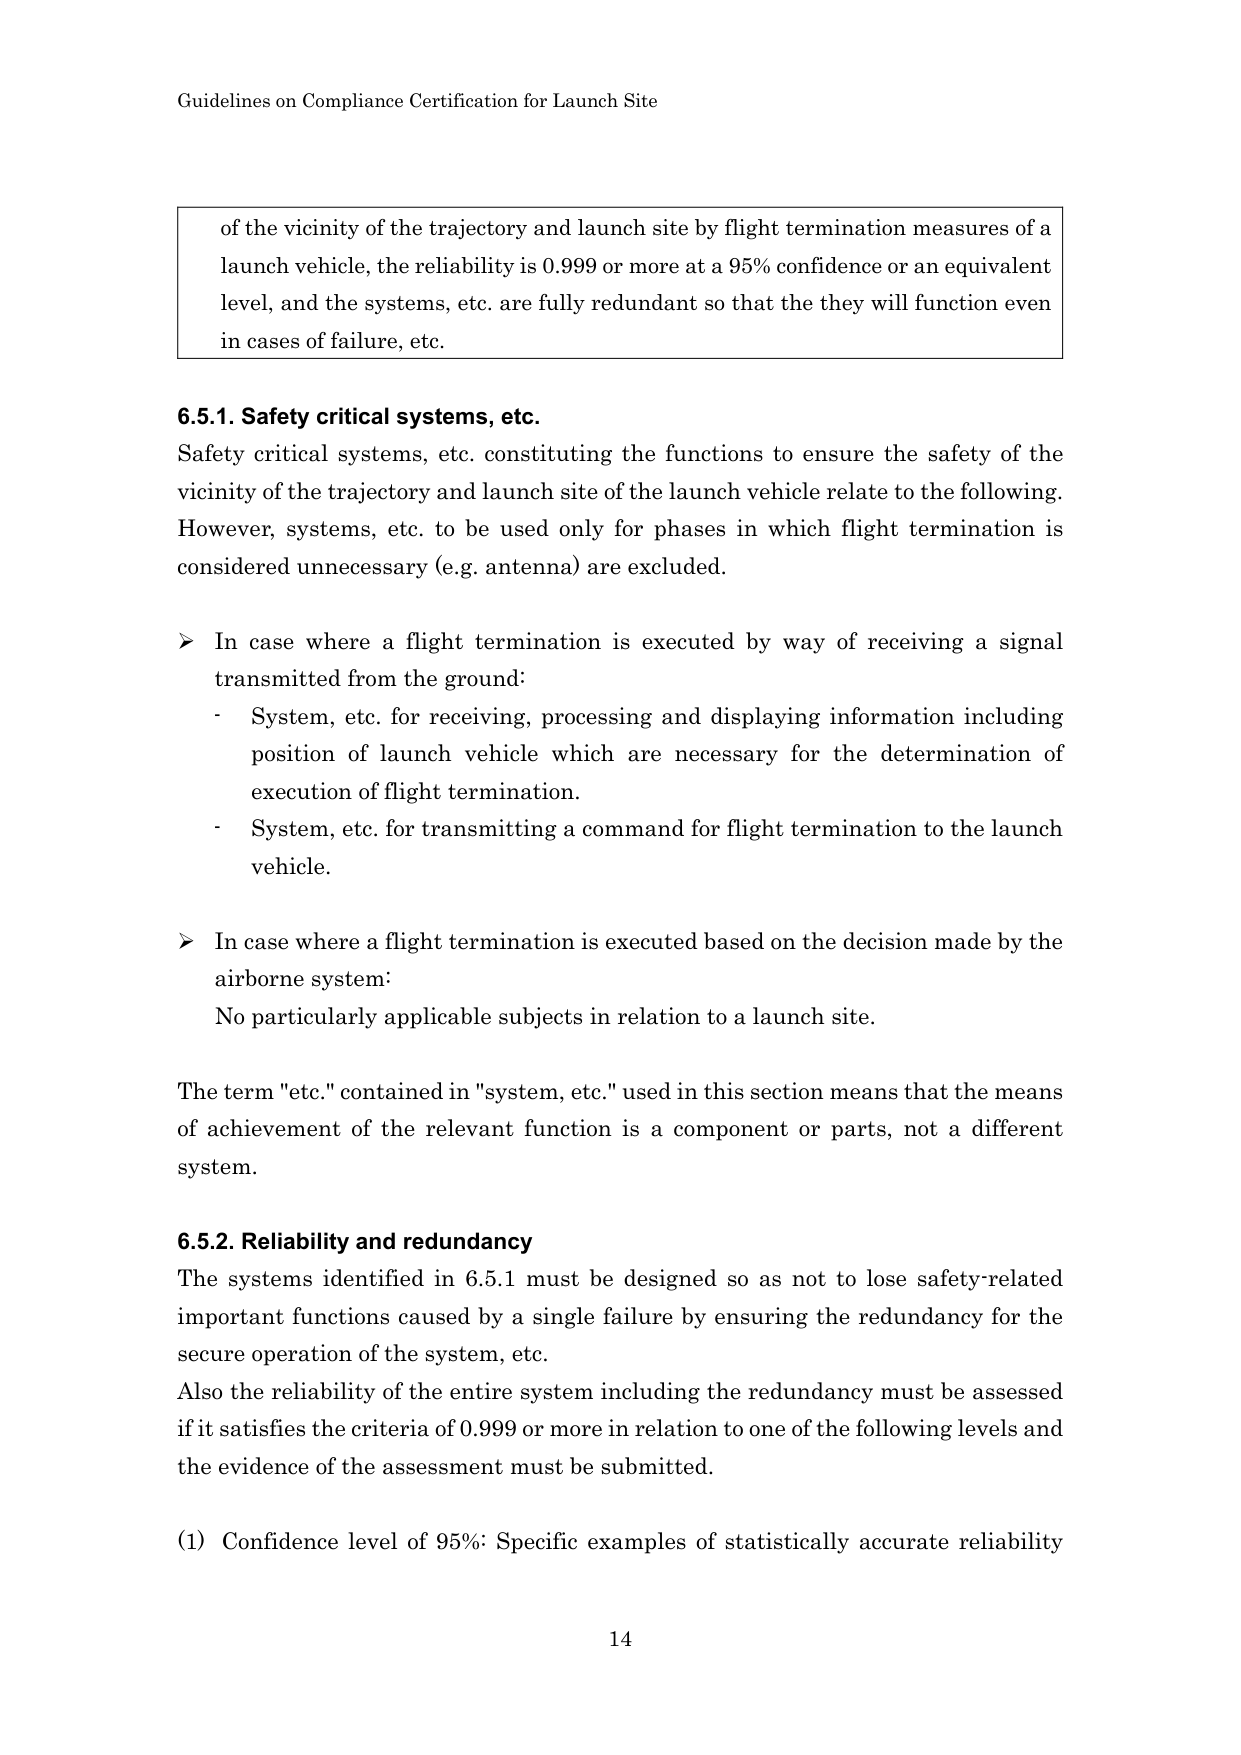
Guidelines on Compliance Certification for Launch Site

of the vicinity of the trajectory and launch site by flight termination measures of a launch vehicle, the reliability is 0.999 or more at a 95% confidence or an equivalent level, and the systems, etc. are fully redundant so that the they will function even in cases of failure, etc.

6.5.1. Safety critical systems, etc.
Safety critical systems, etc. constituting the functions to ensure the safety of the vicinity of the trajectory and launch site of the launch vehicle relate to the following. However, systems, etc. to be used only for phases in which flight termination is considered unnecessary (e.g. antenna) are excluded.

➤ In case where a flight termination is executed by way of receiving a signal transmitted from the ground:
- System, etc. for receiving, processing and displaying information including position of launch vehicle which are necessary for the determination of execution of flight termination.
- System, etc. for transmitting a command for flight termination to the launch vehicle.

➤ In case where a flight termination is executed based on the decision made by the airborne system:
No particularly applicable subjects in relation to a launch site.

The term "etc." contained in "system, etc." used in this section means that the means of achievement of the relevant function is a component or parts, not a different system.

6.5.2. Reliability and redundancy
The systems identified in 6.5.1 must be designed so as not to lose safety-related important functions caused by a single failure by ensuring the redundancy for the secure operation of the system, etc.
Also the reliability of the entire system including the redundancy must be assessed if it satisfies the criteria of 0.999 or more in relation to one of the following levels and the evidence of the assessment must be submitted.

(1) Confidence level of 95%: Specific examples of statistically accurate reliability

14